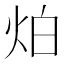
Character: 𤇢